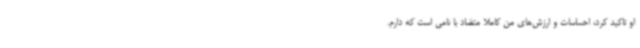
او تاکید کرد، احساسات و ارزش‌های من کاملا متضاد با نامی است که دارم.